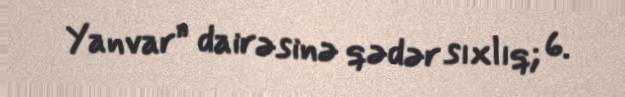
Yanvar” dairəsinə qədər sıxlıq; 6.